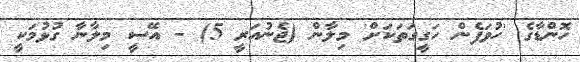
ހޮންޑާގެ 'ހުވަފެން ހަގީގަތަކަށް' މިލާން (ޖެނުއަރީ 5) - އޭސީ މިލާނާ ގުޅުމަކީ